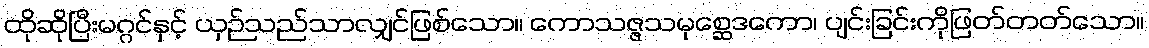
ထိုဆိုပြီးမဂ္ဂင်နှင့် ယှဉ်သည်သာလျှင်ဖြစ်သော။ ကောသဇ္ဇသမုစ္ဆေဒကော၊ ပျင်းခြင်းကိုဖြတ်တတ်သော။